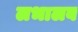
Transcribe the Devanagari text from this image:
लभालब